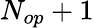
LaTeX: N_{op}+1